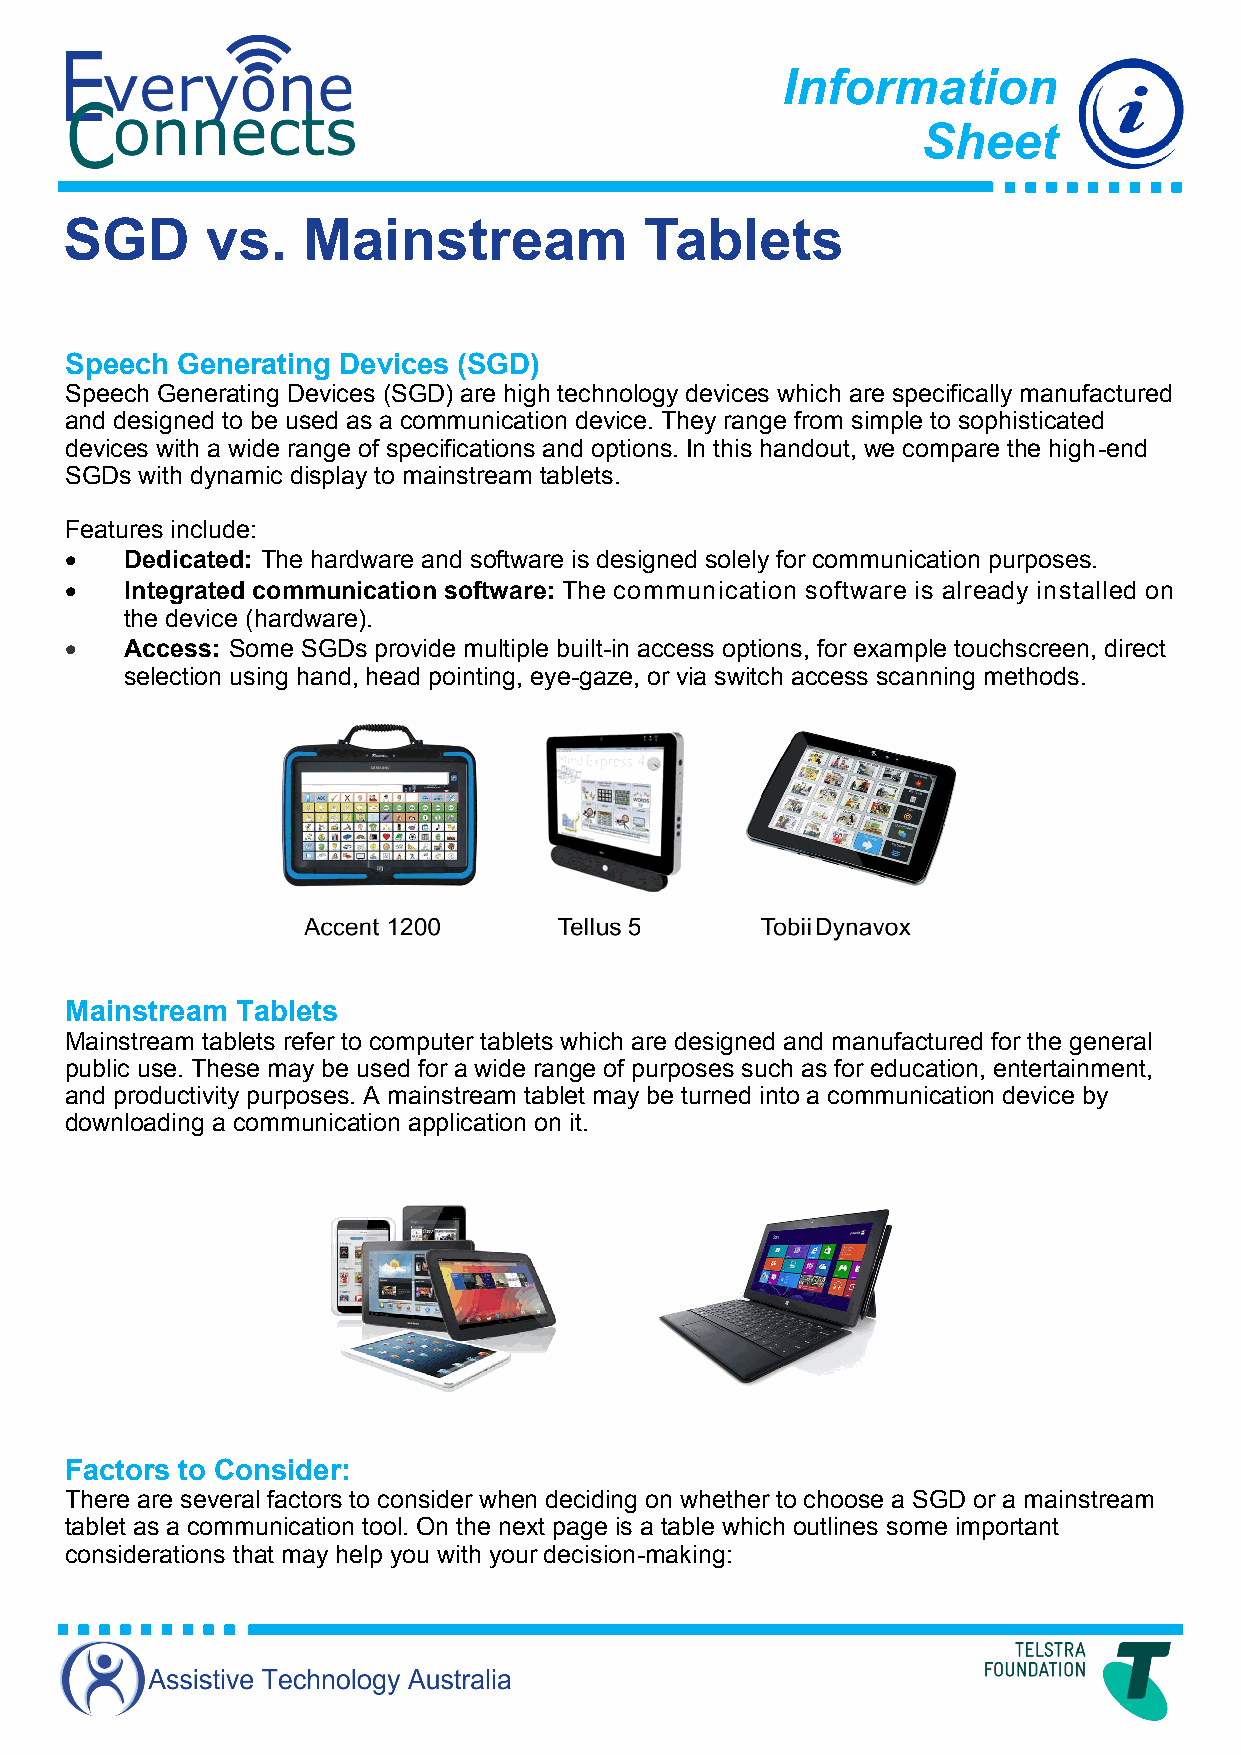
Information
 Sheet
 SGD       vs.   Mainstream             Tablets
 Speech  Generating Devices (SGD)
 Speech Generating Devices (SGD) are high technology devices which are specifically manufactured
 and designed to be used as a communication device. They range from simple to sophisticated
 devices with a wide range of specifications and options. In this handout, we compare the high-end
 SGDs with dynamic display to mainstream tablets.
 Features include:
    Dedicated: The hardware and software is designed solely for communication purposes.
    Integrated communication software: The communication software is already installed on
 the device (hardware).
    Access: Some SGDs provide multiple built-in access options, for example touchscreen, direct
 selection using hand, head pointing, eye-gaze, or via switch access scanning methods.
 Mainstream  Tablets
 Mainstream tablets refer to computer tablets which are designed and manufactured for the general
 public use. These may be used for a wide range of purposes such as for education, entertainment,
 and productivity purposes. A mainstream tablet may be turned into a communication device by
 downloading a communication application on it.
 Factors to Consider:
 There are several factors to consider when deciding on whether to choose a SGD or a mainstream
 tablet as a communication tool. On the next page is a table which outlines some important
 considerations that may help you with your decision-making: